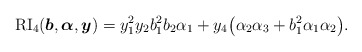
\begin{gather*}{\rm RI}_4({\boldsymbol{b}},{\boldsymbol{\alpha}},{\boldsymbol{y}})= {y_1^2 y_2} b_1^2 b_2 \alpha_1+{y_4} \big(\alpha_2 \alpha_3+b_1^2 \alpha_1 \alpha_2\big).\end{gather*}